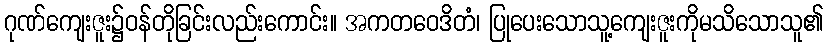
ဂုဏ်ကျေးဇူး၌ဝန်တိုခြင်းလည်းကောင်း။ အကတဝေဒိတံ၊ ပြုပေးသောသူ့ကျေးဇူးကိုမသိသောသူ၏